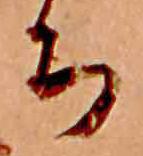
ち